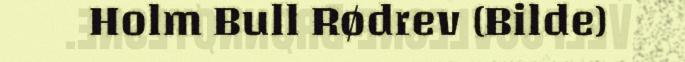
Holm Bull Rødrev (Bilde)